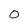
Character: 0